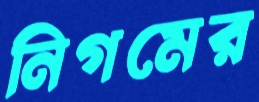
নিগমের